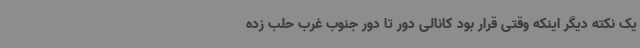
یک نکته دیگر اینکه وقتی قرار بود کانالی دور تا دور جنوب غرب حلب زده